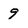
Character: 9